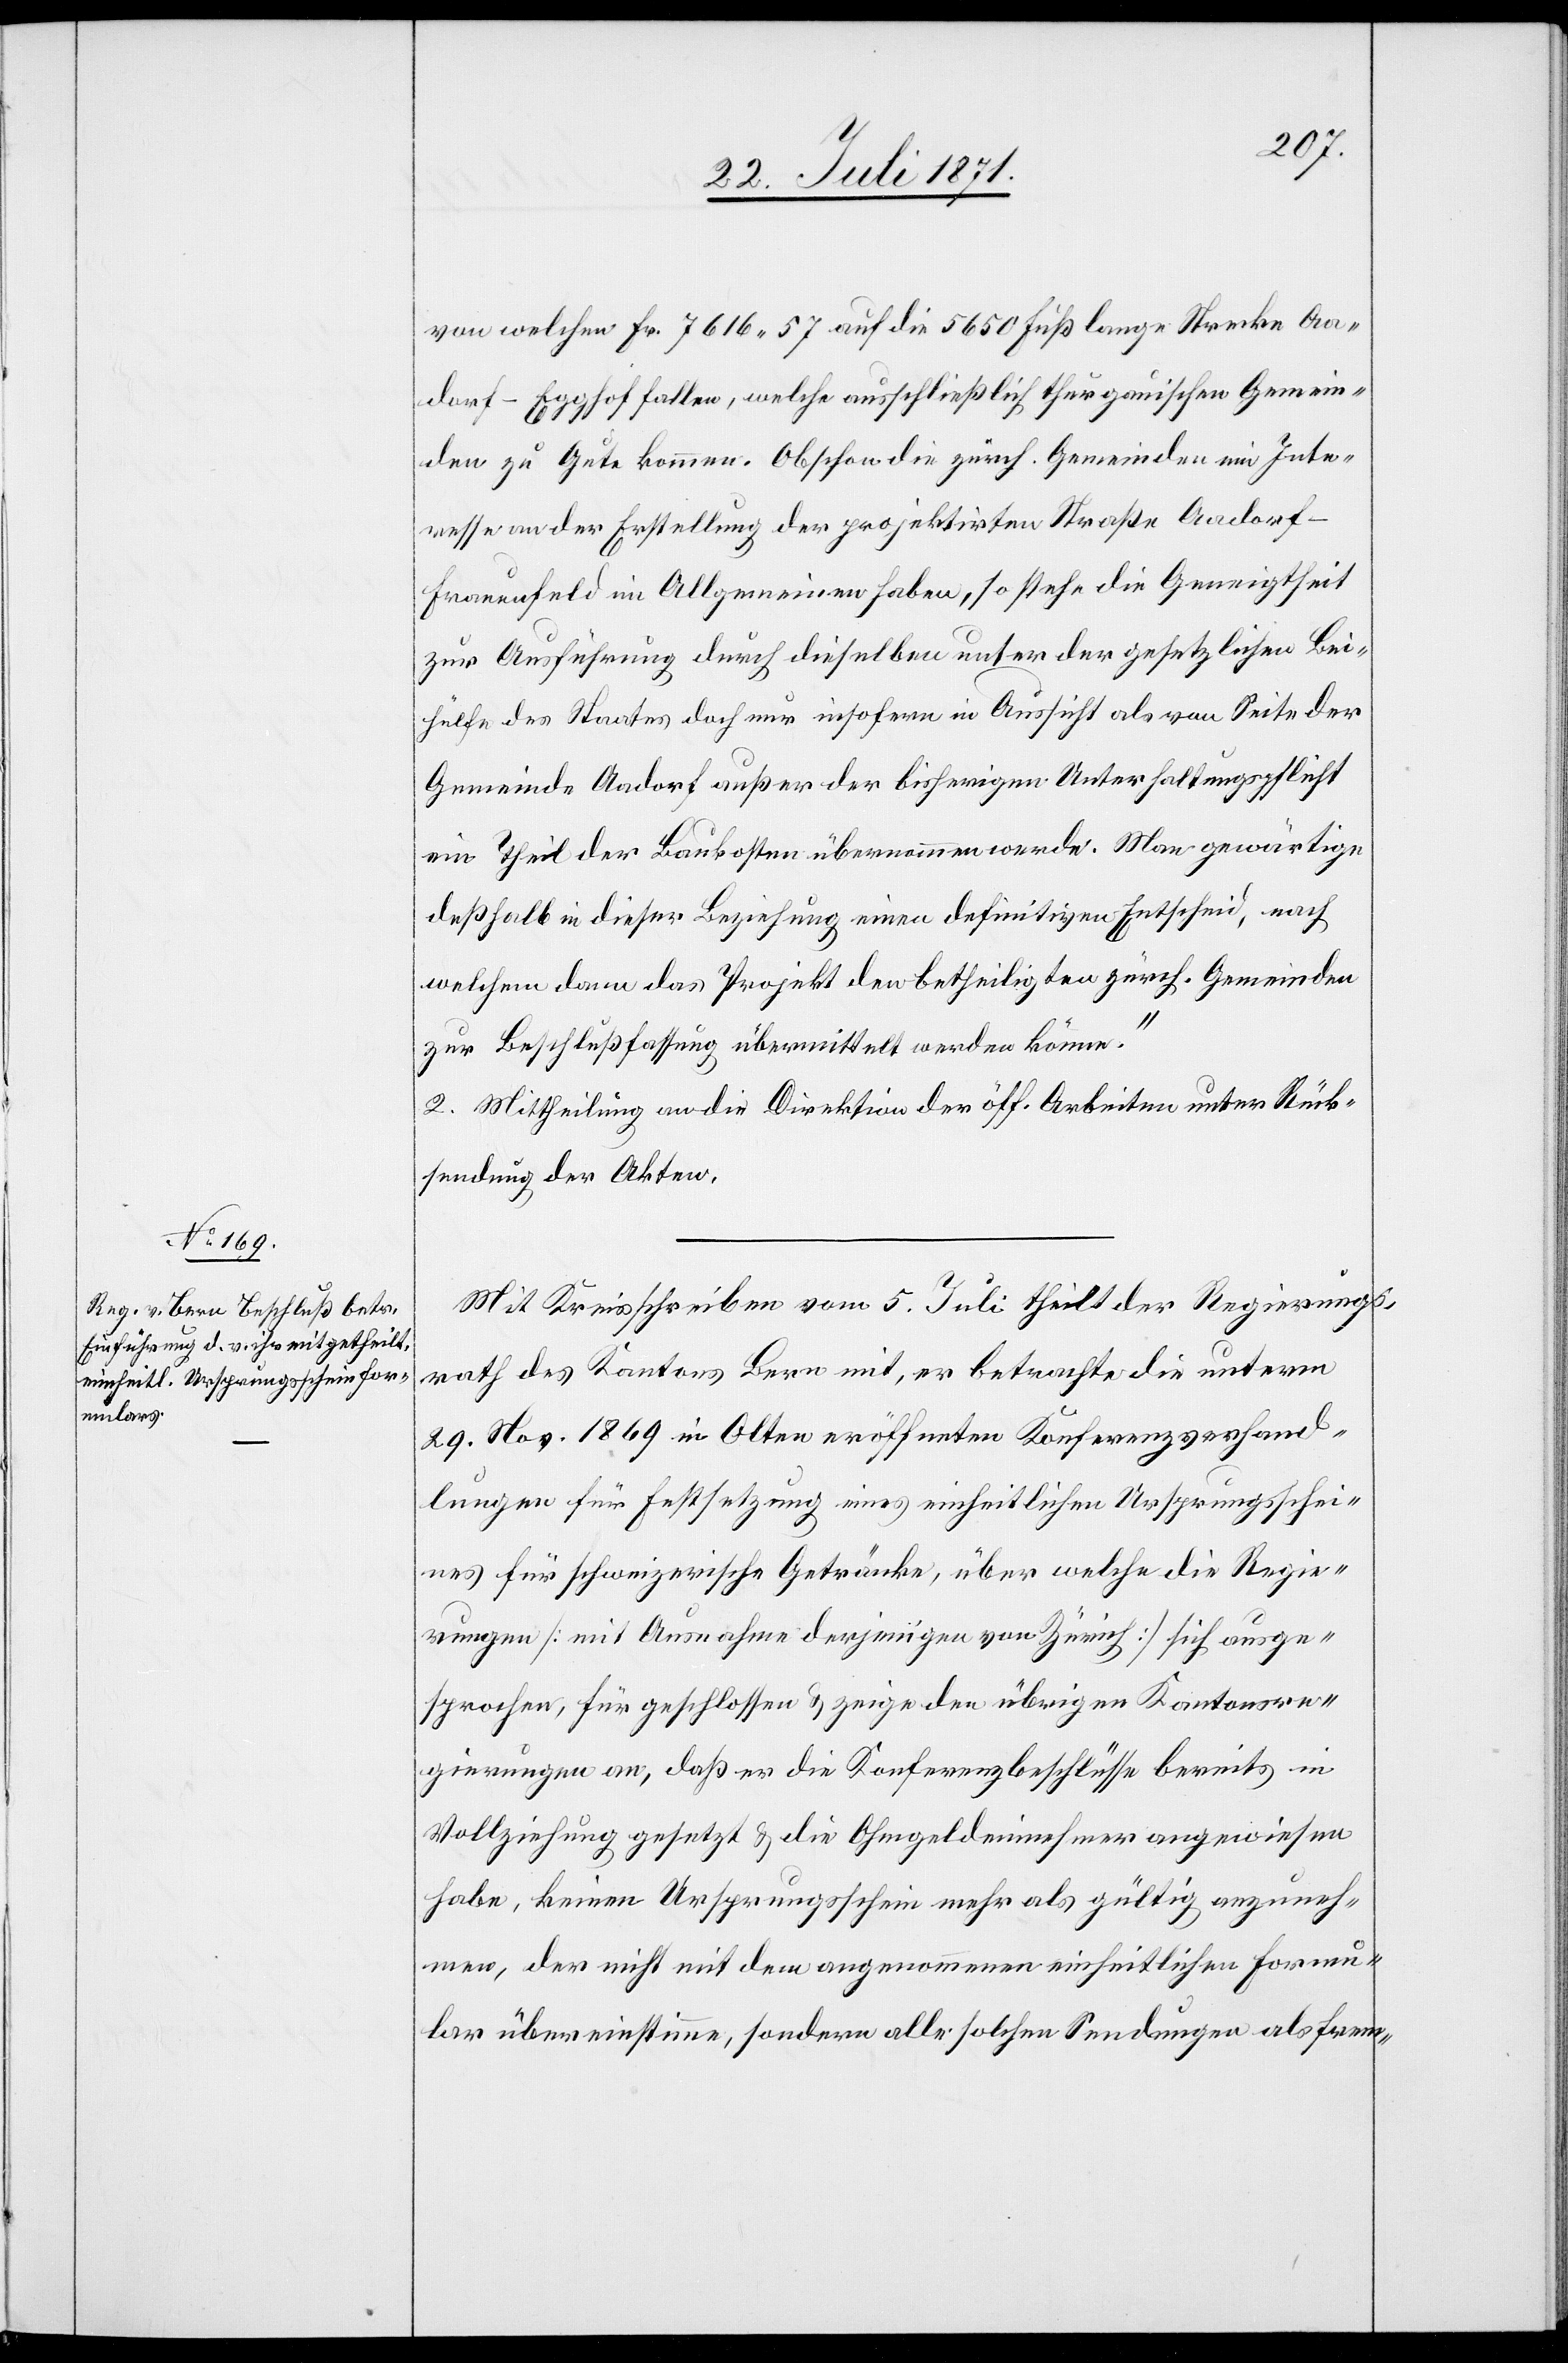
von welchen Fr. 7616.57 auf die 5650 Fuß lange Strecke Aa¬
dorf-Egghof fallen, welche ausschließlich thurgauischen Gemein¬
den zu Gute kommen. Obschon die zürch. Gemeinden ein Inte¬
resse an der Erstellung der projektirten Straße Aadorf-F¬
rauenfeld im Allgemeinen haben, so stehe die Geneigtheit
zur Ausführung durch dieselben unter der gesetzlichen Bei¬
hülfe des Staates doch nur insofern in Aussicht als von Seite der
Gemeinde Aadorf außer der bisherigen Unterhaltungspflicht
ein Theil der Baukosten übernommen werde. Man gewärtige
deßhalb in dieser Beziehung einen definitiven Entscheid, nach
welchem dann das Projekt den betheiligten zürch. Gemeinden
zur Beschlußfassung übermittelt werden könne.“
2. Mittheilung an die Direktion der öff. Arbeiten unter Rück¬
sendung der Akten.
Mit Kreisschreiben vom 5. Juli theilt der Regierungs¬
rath des Kantons Bern mit, er betrachte die unterm
29. Nov. 1869 in Olten eröffneten Konferenzverhand¬
lungen für Festsetzung eines einheitlichen Ursprungsschei¬
nes für schweizerische Getränke, über welche die Regie¬
rungen [mit Ausnahme derjenigen von Zürich] sich ausge¬
sprochen, für geschlossen u. zeigte den übrigen Kantonsre¬
gierungen an, daß er die Konferenzbeschlüsse bereits in
Vollziehung gesetzt u. die Ohmgeldeinnehmer angewiesen
habe, keinen Ursprungsschien mehr als gültig anzuneh¬
men, der nicht mit dem angenommenen einheitlichen Formu¬
lar übereinstimme, sondern alle solchen Sendungen als frem-